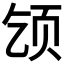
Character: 𫖪